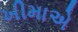
ખીમાએ